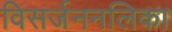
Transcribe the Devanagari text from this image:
विसर्जननलिका